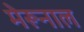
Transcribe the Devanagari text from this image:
मेरूनाल